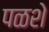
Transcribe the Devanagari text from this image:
पळशे